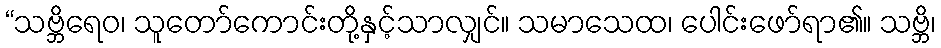
“သဗ္ဘိရေဝ၊ သူတော်ကောင်းတို့နှင့်သာလျှင်။ သမာသေထ၊ ပေါင်းဖော်ရာ၏။ သဗ္ဘိ၊